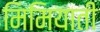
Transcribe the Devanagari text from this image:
मिमियाती